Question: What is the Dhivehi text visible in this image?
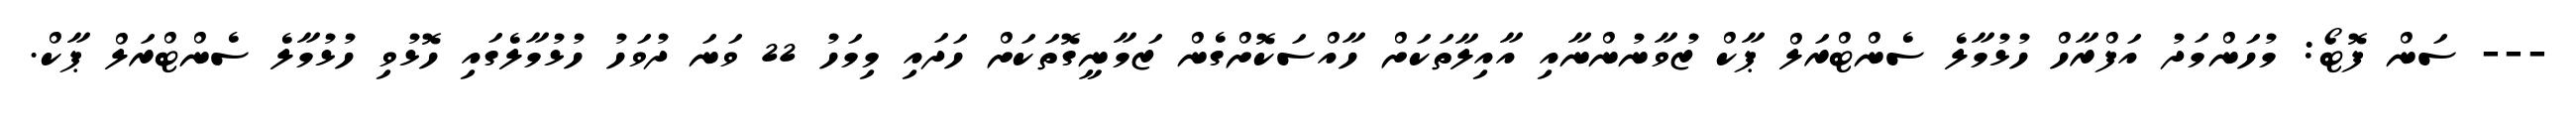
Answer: --- ސަން ފޮޓޯ: މުހަންމަދު އަފްރާހް ހުޅުމާލެ ސެންޓްރަލް ޕާކް ޒުވާނުންނާއި އާއިލާތަކަށް ހާއްސަކޮށްގެން ޒަމާނީގޮތަކަށް ހަދައި މިމަހު 22 ވަނަ ދުވަހު ހުޅުމާލެގައި ހޮޅުވި ހުޅުމާލެ ސެންޓްރަލް ޕާކް.